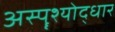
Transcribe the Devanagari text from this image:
अस्पॄश्योद्धार